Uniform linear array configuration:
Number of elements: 24
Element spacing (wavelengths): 0.75
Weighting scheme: hann
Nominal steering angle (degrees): -45
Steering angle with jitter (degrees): -46.438
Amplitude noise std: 0.05
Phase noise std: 0.05

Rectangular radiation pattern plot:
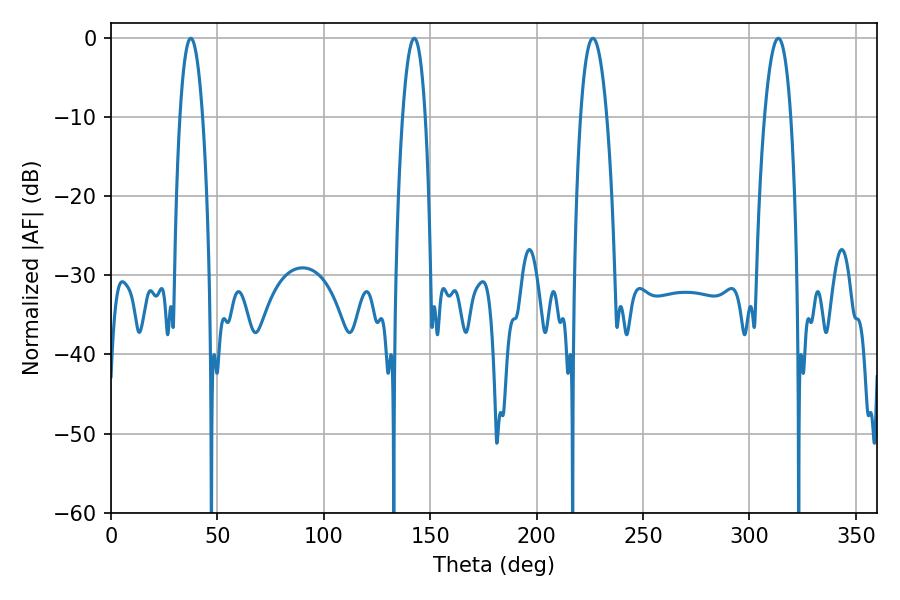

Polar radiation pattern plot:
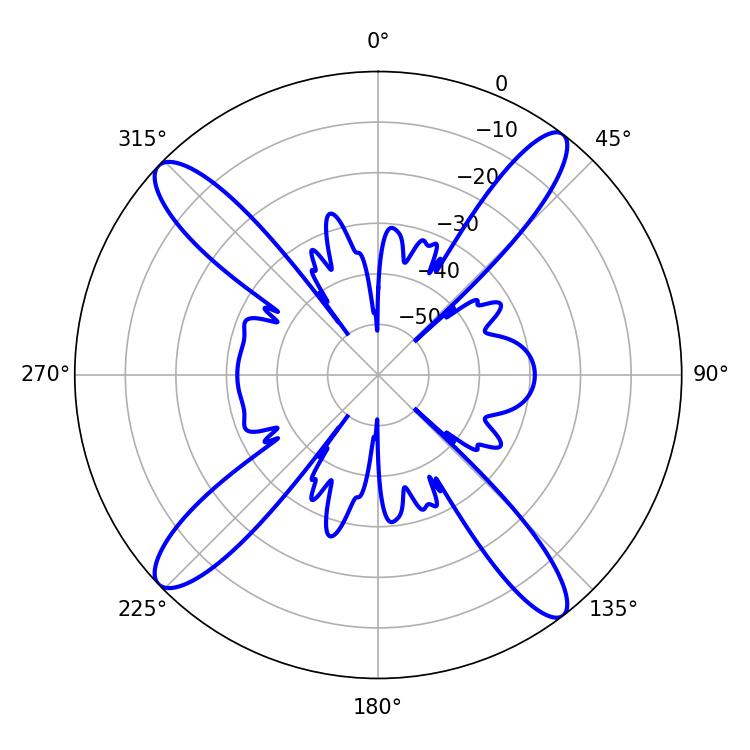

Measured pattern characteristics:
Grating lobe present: TRUE
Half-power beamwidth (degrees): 6.84
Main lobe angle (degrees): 226.44